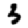
Digit: 3